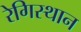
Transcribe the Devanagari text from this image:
रेगिस्थान